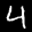
Label: 4